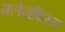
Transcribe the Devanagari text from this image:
मलेयशियन